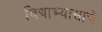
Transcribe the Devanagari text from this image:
विद्याभ्यासाचे